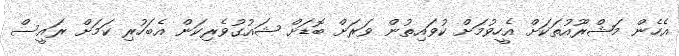
އެހެން މަޝްރޫއުތަކަށް އެހީވުމަށް ކުވައިތުން ވަރަށް ބޮޑަށް ޝައުގުވެރިކަން އެބަހުރި ކަމަށް ރައީސް